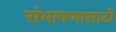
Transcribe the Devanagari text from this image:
संभाषणासाठी